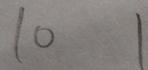
1 0 1